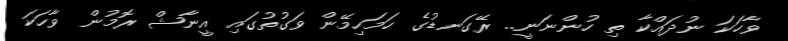
ވާހަކަ ނުދައްކާ ތި ހުންނަނީ.. ރޭގަނޑުގެ ހަމަހިމޭން ވަގުތުގައި އީނާޝް ރޮމުން ވާހަކަ